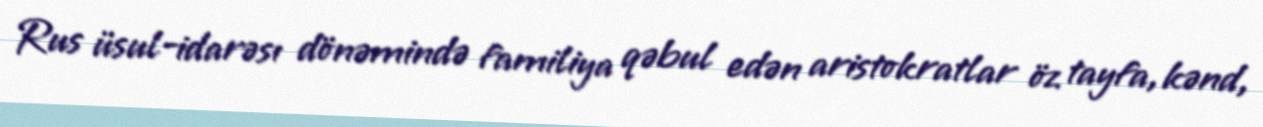
Rus üsul-idarəsı dönəmində familiya qəbul edən aristokratlar öz tayfa, kənd,